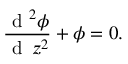
\frac { \mathrm { ~ d ~ } ^ { 2 } \phi } { \mathrm { ~ d ~ } \, z ^ { 2 } } + \phi = 0 .